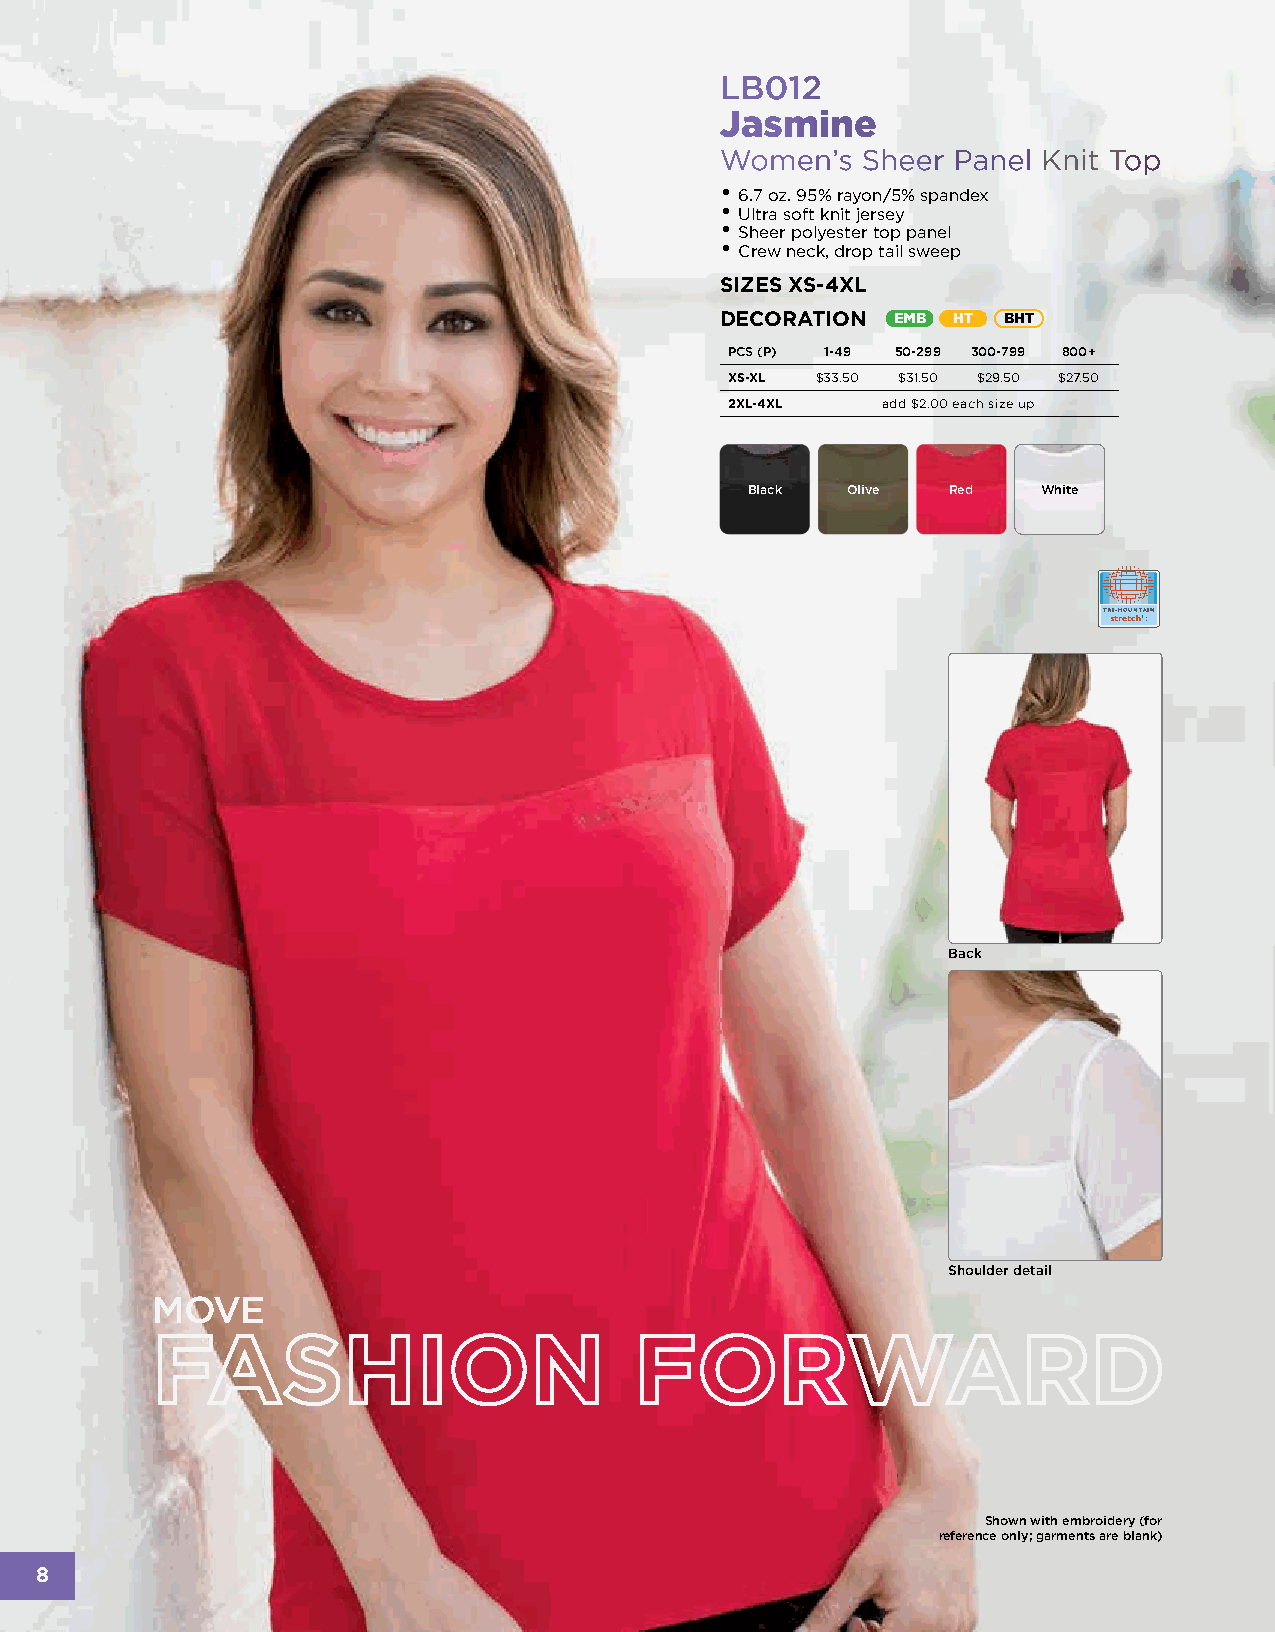
LB012
 Jasmine
 Women’s  Sheer Panel Knit Top
 •
 6.7 oz. 95% rayon/5% spandex
 •
 Ultra soft knit jersey
 •
 Sheer polyester top panel
 •
 Crew neck, drop tail sweep
 SIZES XS-4XL
 DECORATION EMB HT BHT
 PCS (P) 1-49 50-299 300-799 800+
 XS-XL $33.50 $31.50 $29.50 $27.50
 2XL-4XL   add $2.00 each size up
 Black  Olive  Red   White
 Back
 Shoulder detail
 MOVE
 FASHION                         FORWARD
 Shown with embroidery (for
 reference only; garments are blank)
 8